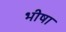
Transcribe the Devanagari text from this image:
भीषा